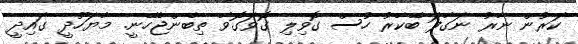
ކަރުން ނާރު ނަގާފަ ބޭކާރު ހުސް ގޮވިލި ގޮވަގޮވާ ތިބެންޖެހޭނީ. މާޔަހޫދީ ގައިދީ